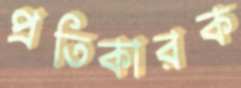
প্রতিকারক